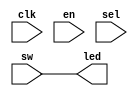
`timescale 1ns / 1ps
//////////////////////////////////////////////////////////////////////////////////
// Company: 
// Engineer: 
// 
// Design Name: 
// Module Name: v7_2
// Project Name: 
// Target Devices: 
// Tool Versions: 
// Description: 
// 
// Dependencies: 
// 
// Revision:
// Revision 0.01 - File Created
// Additional Comments:
// 
//////////////////////////////////////////////////////////////////////////////////


module v7_2(
    input [7:0] sw,
    output reg [7:0] led,
    input clk,
    input en,
    input sel
    );
reg [7:0] temp;
always @(clk, sel, en)
begin
    if(clk && en)
       temp = sw;
    if(sel)
	   led = temp;
	else
	   led = sw;     
end
endmodule